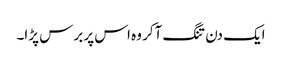
ایک دن تنگ آکر وہ اس پر برس پڑا۔